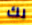
لك